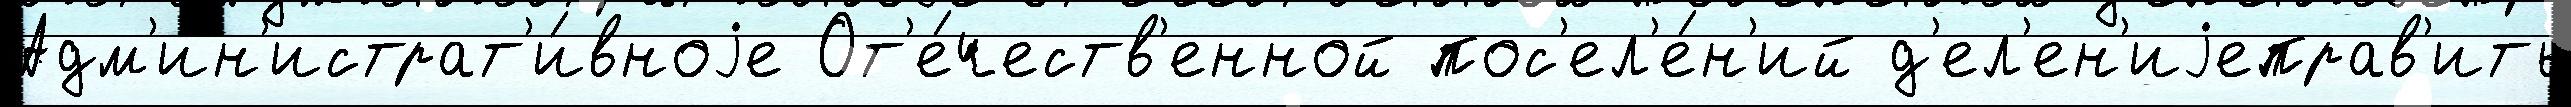
Адм'ин'истрат'и́вноjе От'е́честв'енной пос'ел'е́н'ий д'ел'ен'иjеправ'ить